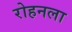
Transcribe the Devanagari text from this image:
रोहनला